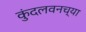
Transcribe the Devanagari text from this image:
कुंदलवनच्या